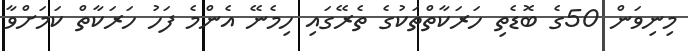
މިނިވަން 50ގެ ބޮޑެތި ހަރަކާތްތަކުގެ ތެރޭގައި ހިމެނޭ އެންމެ ފަހު ހަރަކާތް ކަމަށްވާ